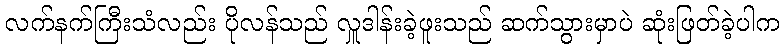
လက်နက်ကြီးသံလည်း ပိုလန်သည် လှူဒါန်းခဲ့ဖူးသည် ဆက်သွားမှာပဲ ဆုံးဖြတ်ခဲ့ပါက